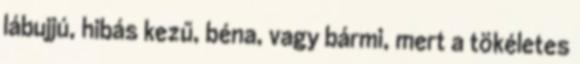
lábujjú, hibás kezű, béna, vagy bármi, mert a tökéletes